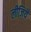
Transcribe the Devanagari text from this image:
लीजियें